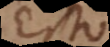
Esto